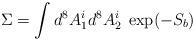
LaTeX: \begin{align*}\Sigma = \int d^8A_1^i d^8 A_2^i \;\exp(-S_b)\end{align*}